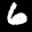
Label: 6